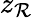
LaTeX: z_{\mathcal{R}}